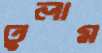
তুলাম